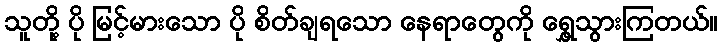
သူတို့ ပို မြင့်မားသော ပို စိတ်ချရသော နေရာတွေကို ရွှေ့သွားကြတယ်။